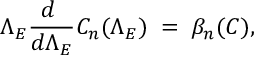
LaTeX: \Lambda _ { E } { \frac { d \ } { d \Lambda _ { E } } } C _ { n } ( \Lambda _ { E } ) \; = \; \beta _ { n } ( C ) ,